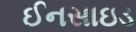
ઈનસાઇડ